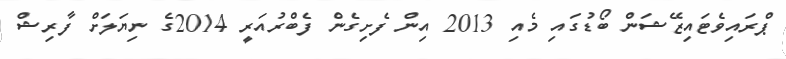
ޕްރައިވެޓައިޒޭޝަން ބޯޑުގައި މެއި 2013 އިން ފެށިގެން ފެބްރުއަރީ 2014ގެ ނިޔަލަށް ފާރިޝް